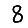
Digit: 8